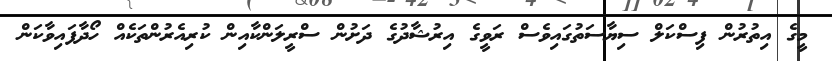
މީގެ އިތުރުން ފިސްކަލް ސިޔާސަތުގައިވެސް ރަވީގެ އިރުޝާދުގެ ދަށުން ސްރީލަންކާއިން ކުރިއެރުންތަކެއް ހޯދާފައިވާކަން